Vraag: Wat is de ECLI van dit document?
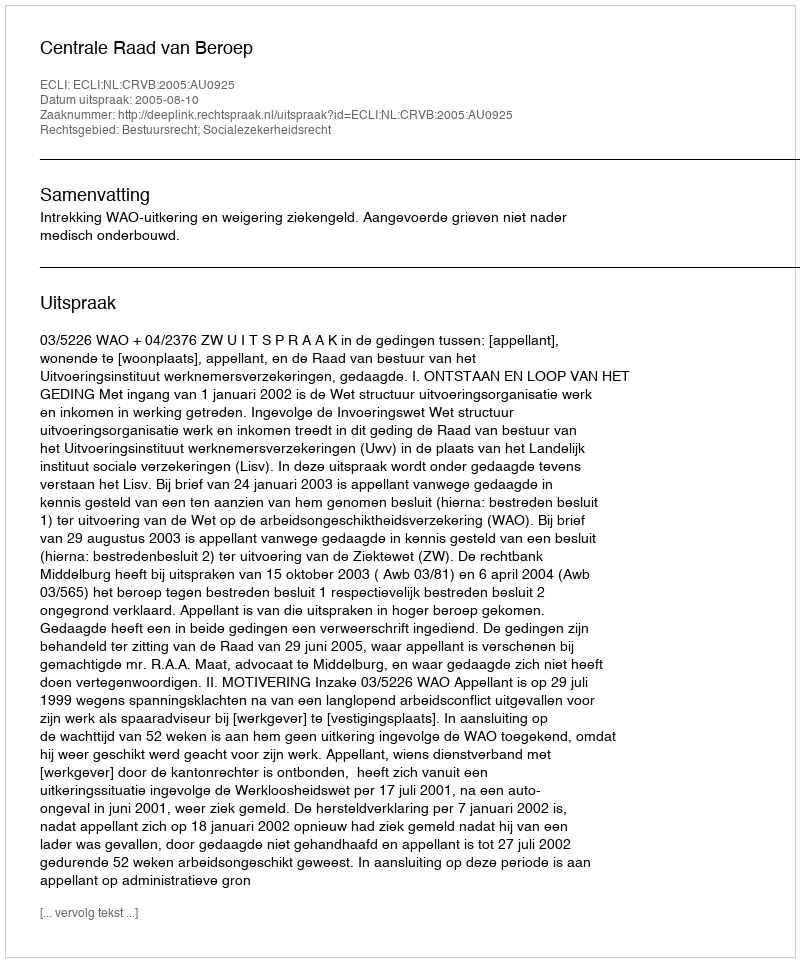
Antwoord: ECLI:NL:CRVB:2005:AU0925